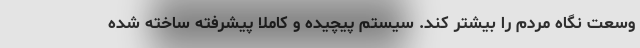
وسعت نگاه مردم را بیشتر کند. سیستم پیچیده و کاملا پیشرفته ساخته شده